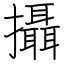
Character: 攝